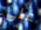
على